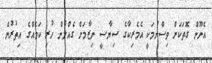
އެނޫން ގޮތަކަށް ވިސްނުމަކީ އެމެރިކާގެ ސިޔާސީ ނިޒާމަށް ގެއްލުން ހުރި ކަމެއްގެ އިތުރުން